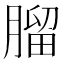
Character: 𦞧